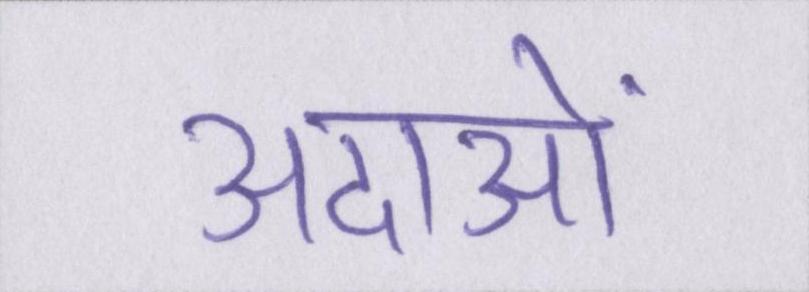
अदाओं